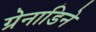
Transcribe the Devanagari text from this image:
ग्रेनाडिने